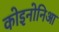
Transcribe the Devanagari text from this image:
कोइनोनिआ